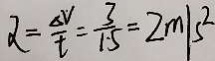
\alpha = \frac { \Delta V } { t } = \frac { 3 } { 1 . 5 } = 2 m / s ^ { 2 }